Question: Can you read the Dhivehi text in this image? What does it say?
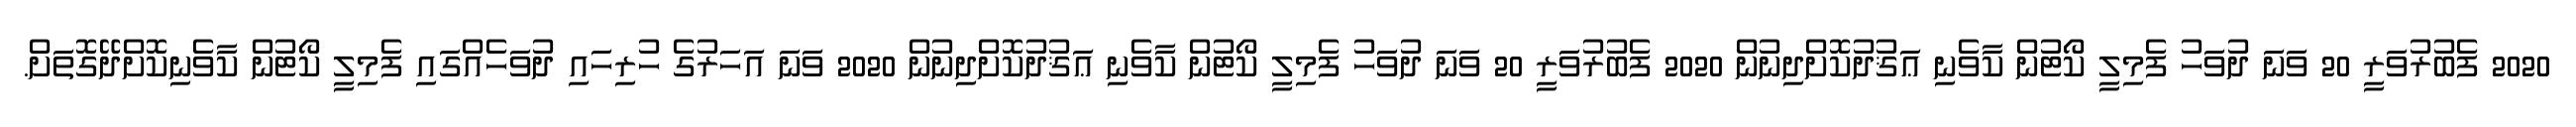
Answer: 2020 ފެބުރުވަރީ 20 ވަނަ ދުވަހު ފެމިލީ ކޯޓުން ކާވެނި ޢަޤުދުކޮށްދިނުން 2020 ފެބުރުވަރީ 20 ވަނަ ދުވަހު ފެމިލީ ކޯޓުން ކާވެނި ޢަޤުދުކޮށްދިނުން 2020 ވަނަ އަހަރުގެ ހުރިހައި ދުވަހެއްގައި ފެމިލީ ކޯޓުން ކާވެނިކޮށްދޭގޮތަށް.